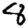
Digit: 8